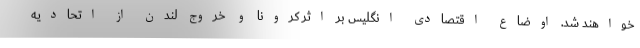
خواهند شد. اوضاع اقتصادی انگلیس بر اثر کرونا و خروج لندن از اتحادیه